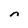
Character: n